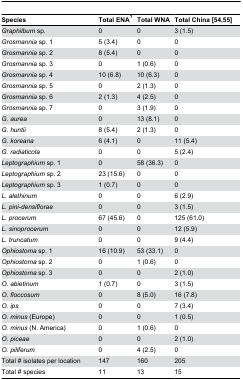
| Species | Total ENA1 | Total WNA | Total China [54,55] |
 | --- | --- | --- | --- |
 | Graphilbum sp. | 0 | 0 | 3 (1.5) |
 | Grosmannia sp. 1 | 5 (3.4) | 0 | 0 |
 | Grosmannia sp. 2 | 8 (5.4) | 0 | 0 |
 | Grosmannia sp. 3 | 0 | 1 (0.6) | 0 |
 | Grosmannia sp. 4 | 10 (6.8) | 10 (6.3) | 0 |
 | Grosmannia sp. 5 | 0 | 2 (1.3) | 0 |
 | Grosmannia sp. 6 | 2 (1.3) | 4 (2.5) | 0 |
 | Grosmannia sp. 7 | 0 | 3 (1.9) | 0 |
 | G. aurea | 0 | 13 (8.1) | 0 |
 | G. huntii | 8 (5.4) | 2 (1.3) | 0 |
 | G. koreana | 6 (4.1) | 0 | 11 (5.4) |
 | G. radiaticola | 0 | 0 | 5 (2.4) |
 | Leptographium sp. 1 | 0 | 58 (36.3) | 0 |
 | Leptographium sp. 2 | 23 (15.6) | 0 | 0 |
 | Leptographium sp. 3 | 1 (0.7) | 0 | 0 |
 | L. alethinum | 0 | 0 | 6 (2.9) |
 | L. pini-densiflorae | 0 | 0 | 3 (1.5) |
 | L. procerum | 67 (45.6) | 0 | 125 (61.0) |
 | L. sinoprocerum | 0 | 0 | 12 (5.9) |
 | L. truncatum | 0 | 0 | 9 (4.4) |
 | Ophiostoma sp. 1 | 16 (10.9) | 53 (33.1) | 0 |
 | Ophiostoma sp. 2 | 0 | 1 (0.6) | 0 |
 | Ophiostoma sp. 3 | 0 | 0 | 2 (1.0) |
 | O. abietinum | 1 (0.7) | 0 | 3 (1.5) |
 | O. floccosum | 0 | 8 (5.0) | 16 (7.8) |
 | O. ips | 0 | 0 | 7 (3.4) |
 | O. minus (Europe) | 0 | 0 | 1 (0.5) |
 | O. minus (N. America) | 0 | 1 (0.6) | 0 |
 | O. piceae | 0 | 0 | 2 (1.0) |
 | O. piliferum | 0 | 4 (2.5) | 0 |
 | Total # isolates per location | 147 | 160 | 205 |
 | Total # species | 11 | 13 | 15 |